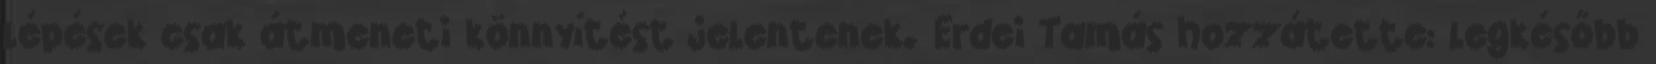
lépések csak átmeneti könnyítést jelentenek. Erdei Tamás hozzátette: legkésőbb